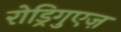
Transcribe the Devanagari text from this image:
रोड्रिगुएज़